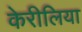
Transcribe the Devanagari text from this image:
केरीलिया